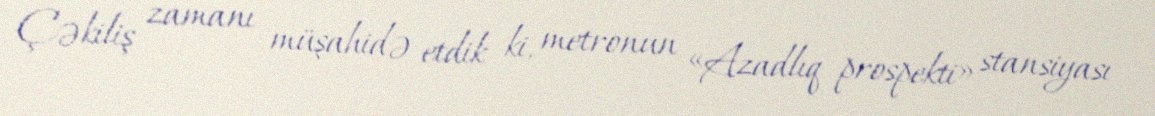
Çəkiliş zamanı müşahidə etdik ki, metronun «Azadlıq prospekti» stansiyası